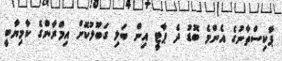
ޕާކިސްތާނުގެ އެންމެ ބޮޑު ދެ ޕާޓީ އިން ބަލި ގަބޫލުކޮށް އިމްރާންގެ ކާމިޔާބީ